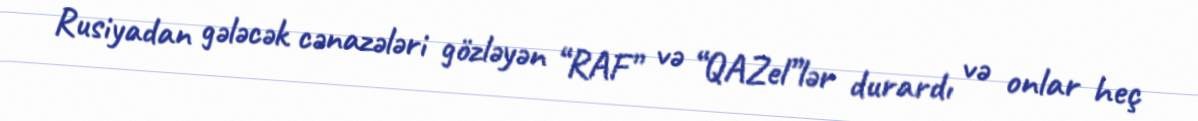
Rusiyadan gələcək cənazələri gözləyən “RAF” və “QAZel”lər durardı və onlar heç